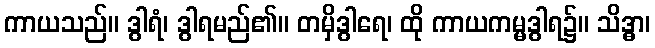
ကာယသည်။ ဒွါရံ၊ ဒွါရမည်၏။ တမှိဒွါရေ၊ ထို ကာယကမ္မဒွါရ၌။ သိဒ္ဓာ၊